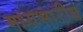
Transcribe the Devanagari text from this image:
मध्यभारीय